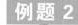
例题2